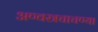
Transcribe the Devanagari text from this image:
अण्वस्त्रचाचण्या